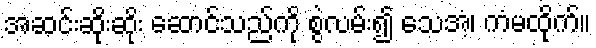
အဆင်းဆိုးဆိုး ဆောင်သည်ကို စွဲလမ်း၍ သေအံ့၊ ကံမထိုက်။